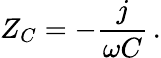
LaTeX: Z_{C}=-{\frac{j}{\omega C}}\, .